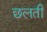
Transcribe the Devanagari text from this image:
छलती